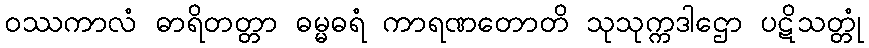
ဝဿကာလံ ဓာရိတတ္တာ ဓမ္မဓရံ ကာရဏတောတိ သုသုက္ကဒါဌော ပဋိသတ္တုံ